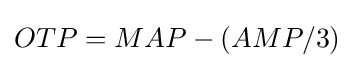
OTP=MAP-(AMP/3)